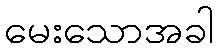
မေးသောအခါ